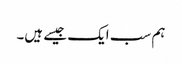
ہم سب ایک جیسے ہیں۔